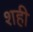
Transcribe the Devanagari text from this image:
शही